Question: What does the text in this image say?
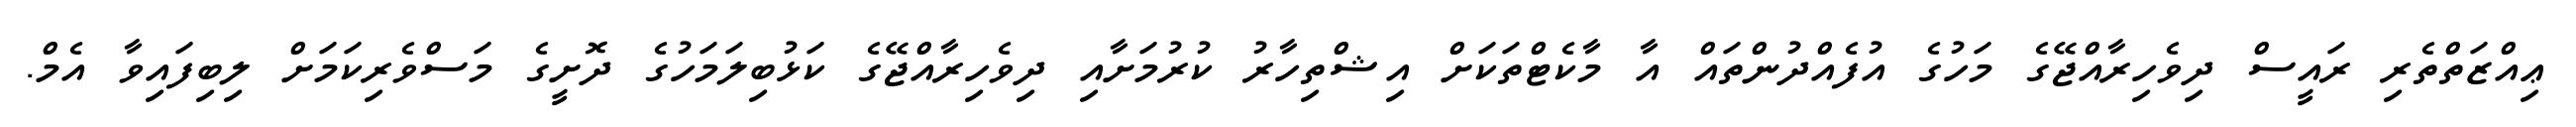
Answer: ޢިއްޒަތްތެރި ރައީސް ދިވެހިރާއްޖޭގެ މަހުގެ އުފެއްދުންތައް އާ މާކެޓްތަކަށް އިޝްތިހާރު ކުރުމަށާއި ދިވެހިރާއްޖޭގެ ކަޅުބިލަމަހުގެ ދޮށީގެ މަސްވެރިކަމަށް ލިބިފައިވާ އެމް.